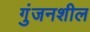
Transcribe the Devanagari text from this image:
गुंजनशील